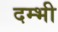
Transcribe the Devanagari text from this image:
दम्भी